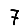
Digit: 7